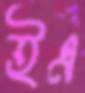
ইএ